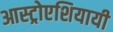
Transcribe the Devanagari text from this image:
आस्ट्रोएशियायी